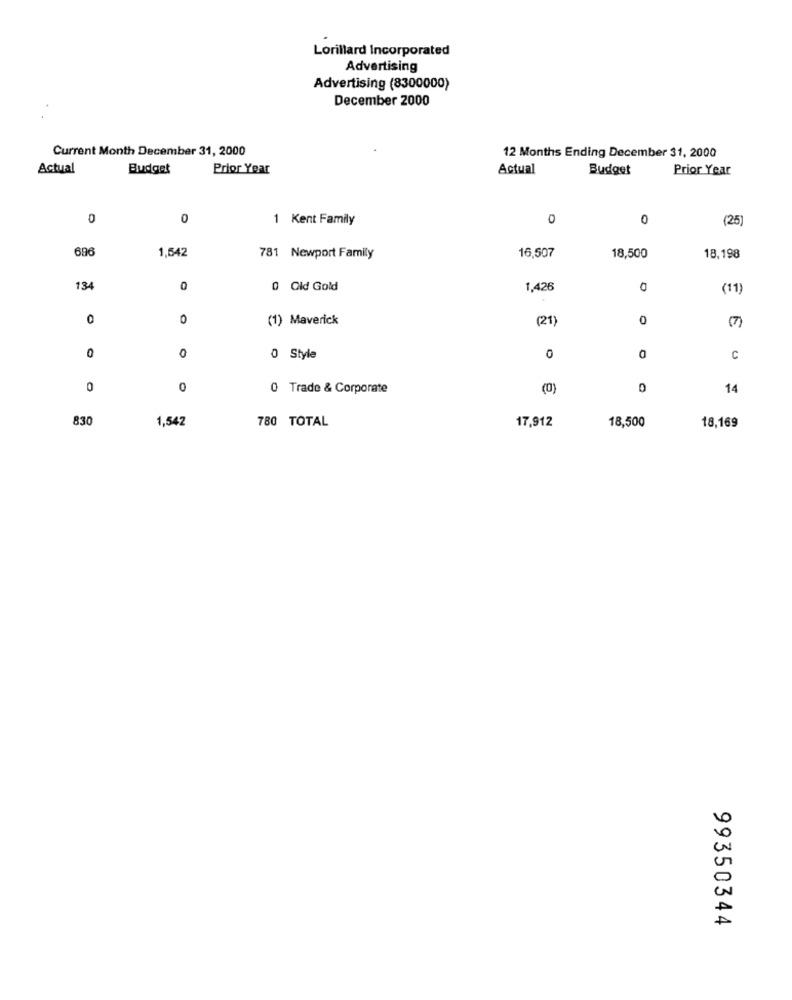
Lorillard Incorporated
Advertising
Advertising (8300000)
December 2000
Current Month December 31, 2000
12 Months Ending December 31, 2000
Actual
Budget
Prior Year
Actual
Budget
Prior Year
0
0
1 Kent Family
0
0
(25)
696
1,542
16,507
781 Newport Family
18,500
18,198
134
0
0 Old Gold
1,426
0
(11)
O
0
(1) Maverick
(21)
0
0
0
0 Style
0
0
C
0
0
0 Trade & Corporate
(0)
14
830
1,542
780 TOTAL
17,912
18,500
18,169
99350344